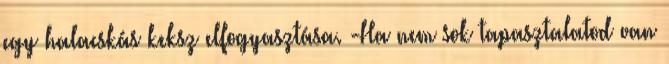
egy halacskás keksz elfogyasztása. -Ha nem sok tapasztalatod van